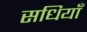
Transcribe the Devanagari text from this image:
सधियाँ